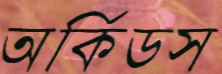
অর্কিডস